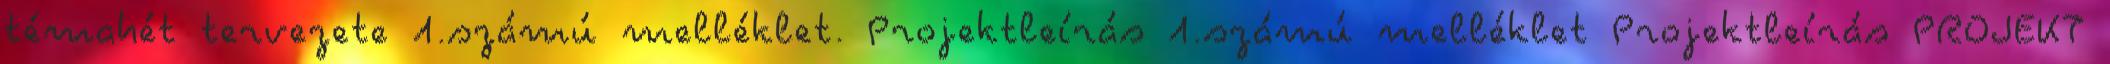
témahét tervezete 1.számú melléklet. Projektleírás 1.számú melléklet Projektleírás PROJEKT